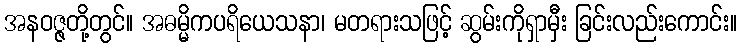
အနဝဇ္ဇတို့တွင်။ အဓမ္မိကပရိယေသနာ၊ မတရားသဖြင့် ဆွမ်းကိုရှာမှီး ခြင်းလည်းကောင်း။